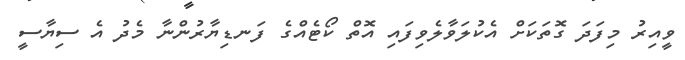
ވީއިރު މިފަދަ ގޮތަކަށް އެކުލަވާލެވިފައި އޮތް ކޯޓެއްގެ ފަނޑިޔާރުންނާ މެދު އެ ސިޔާސީ